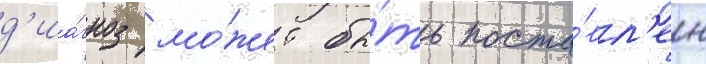
д'иа́гноз мо́жет бы́ть поста́вл'ен